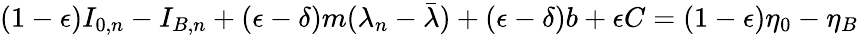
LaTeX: (1-\epsilon)I_{0,n}-I_{B,n}+(\epsilon-\delta)m(\lambda_{n}-\bar{\lambda})+(\epsilon-\delta)b+\epsilon C=(1-\epsilon)\eta_{0}-\eta_{B}